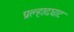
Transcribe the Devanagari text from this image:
प्रल्हादघाट